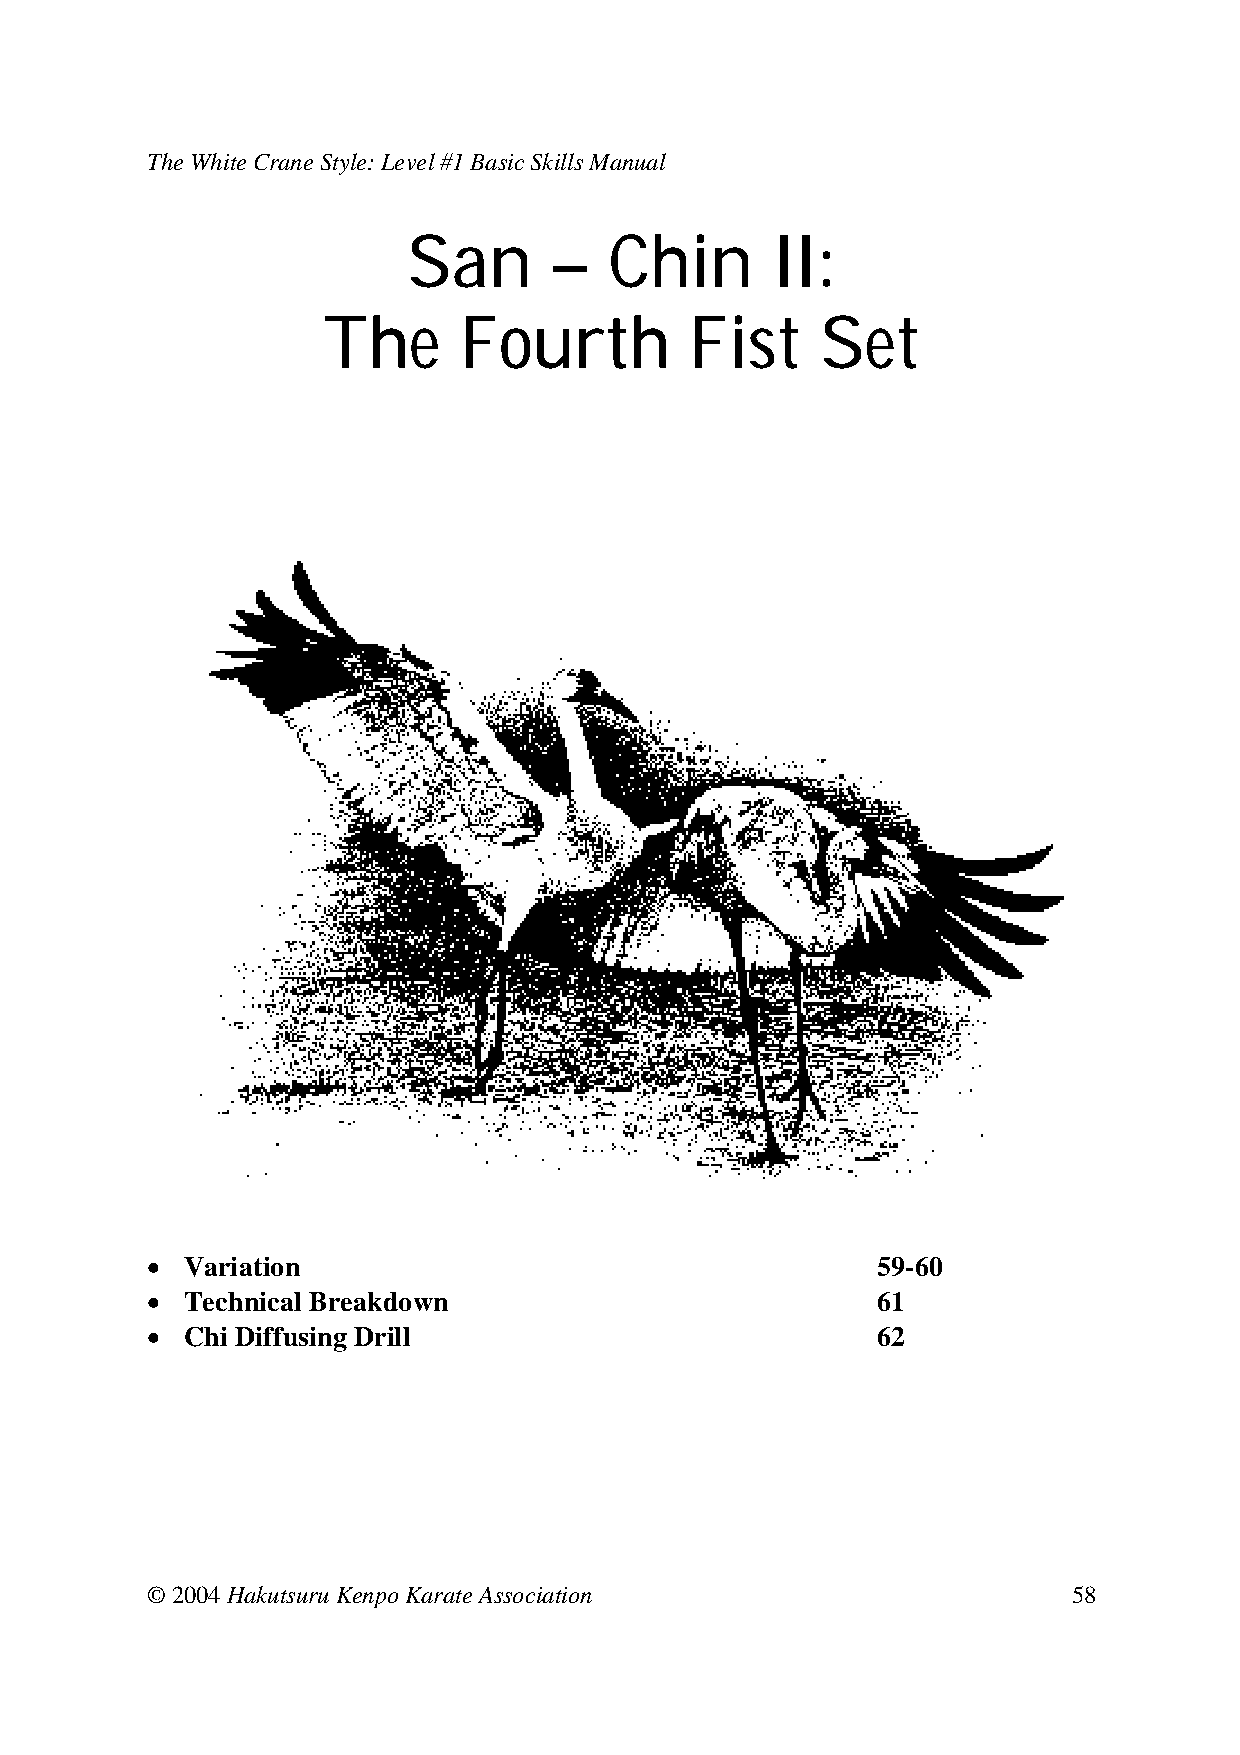
The White Crane Style: Level #1 Basic Skills Manual
 San       –  Chin       II:
 The      Fourth          Fist    Set
 • Variation                             59-60
 • Technical Breakdown                   61
 • Chi Diffusing Drill                     62
 © 2004 Hakutsuru Kenpo Karate Association                    58